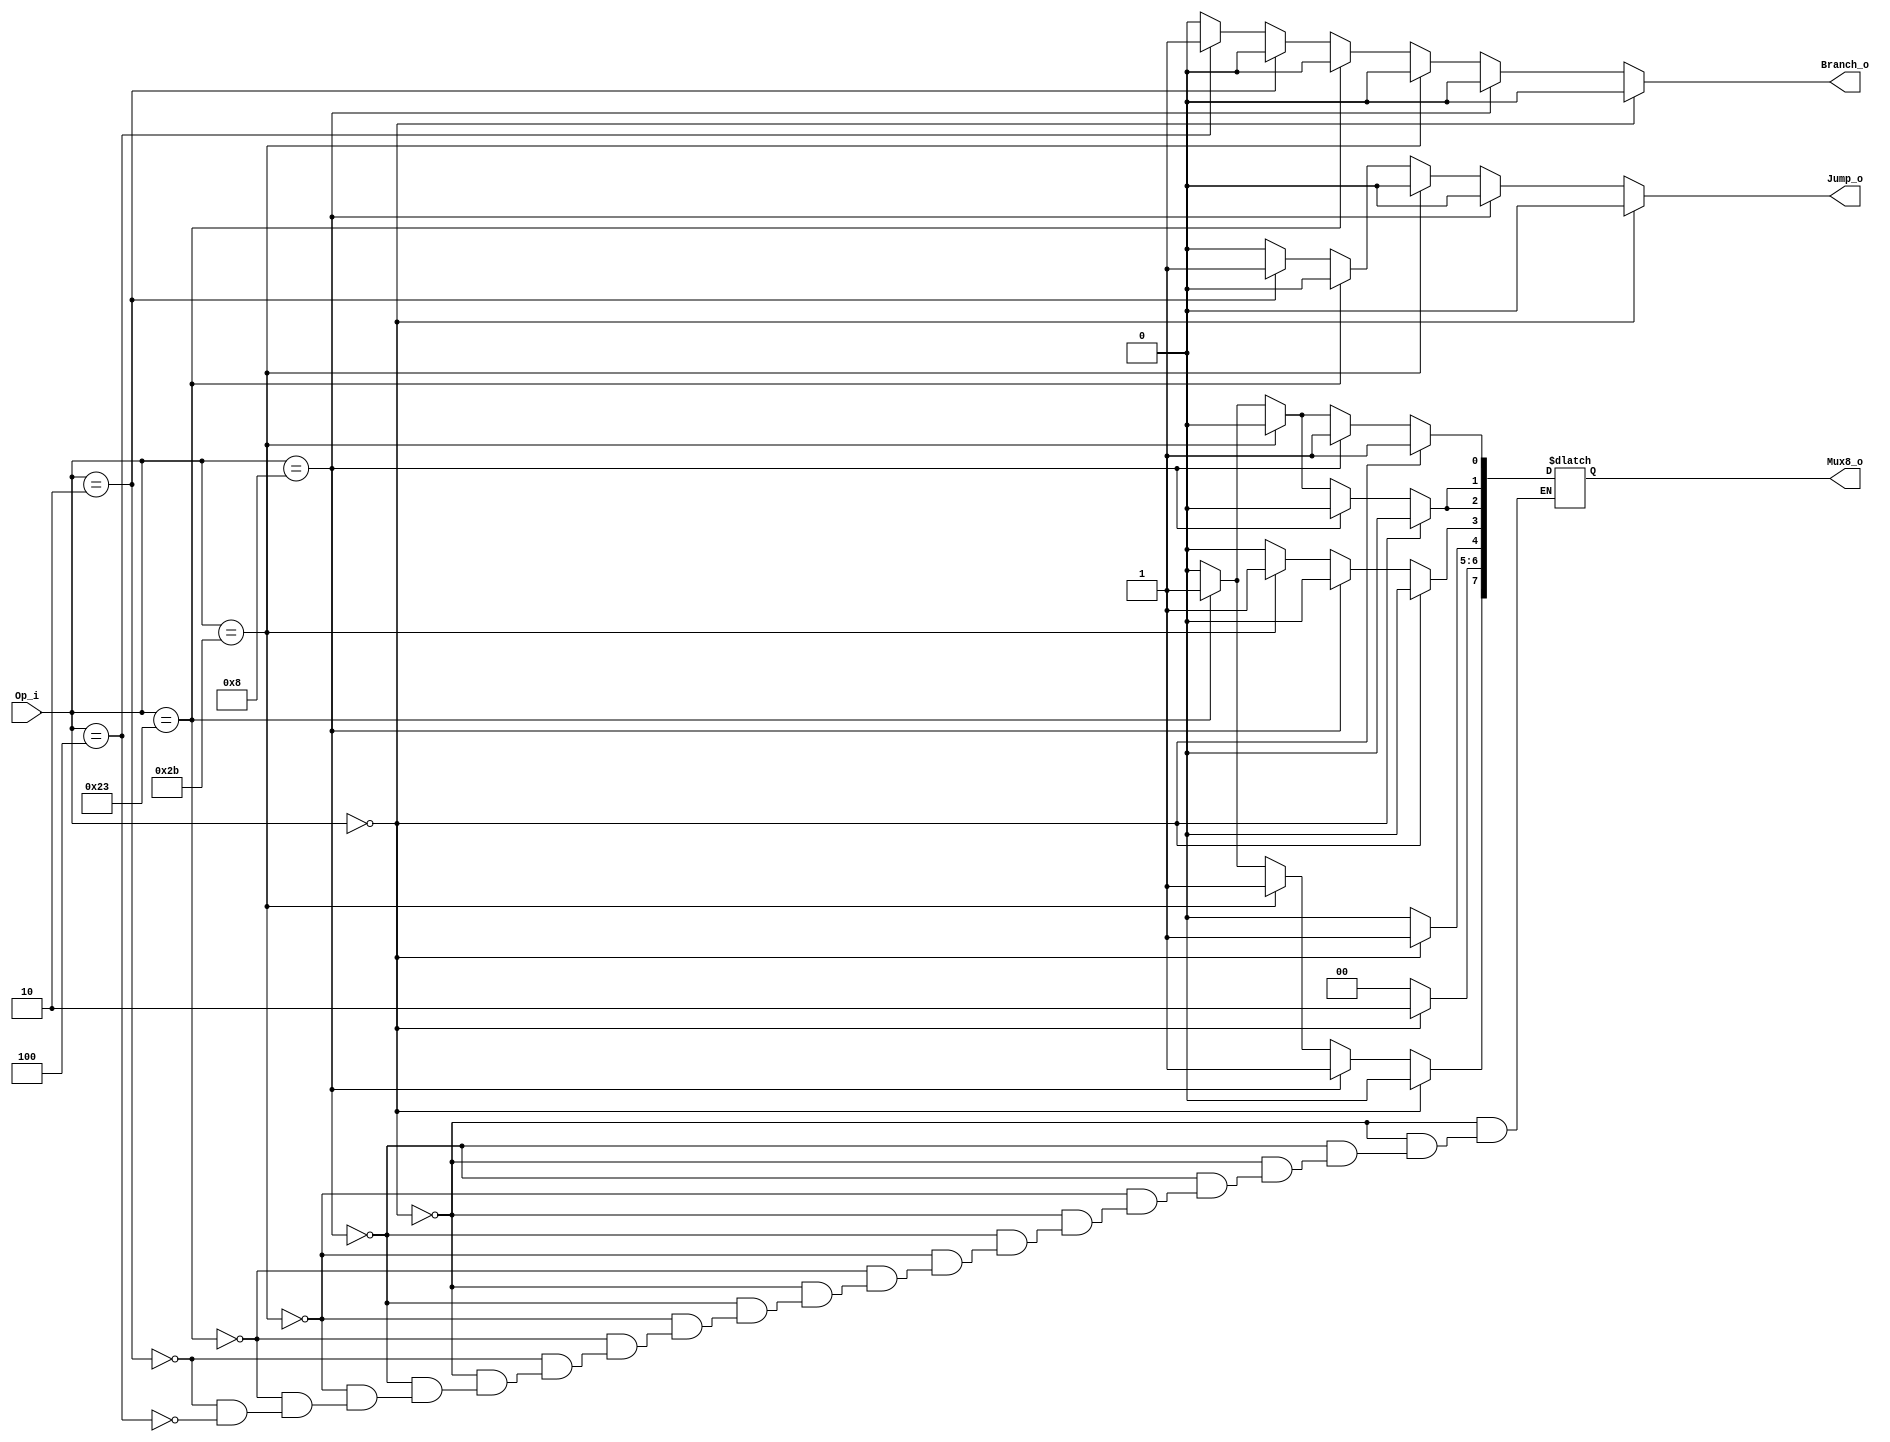
module Control(
	Op_i,
	Branch_o,
	Jump_o,
	Mux8_o
);

input		[5:0]    Op_i;
output reg	         Branch_o,Jump_o;
output reg 	[7:0]    Mux8_o;

//WB
// Mux8_o[0] is RegWrite
// Mux8_o[1] is MemtoReg
//M
// Mux8_o[2] is MemRead
// Mux8_o[3] is MemWrite
//EX
// Mux8_o[4] is ALUSrc
// Mux8_o[5][6] is ALUOp 2 bit
// Mux8_o[7] is RegDst

always@(*) begin
	Branch_o = 0;
	Jump_o = 0;
	//r-type
	if(Op_i == 6'b000000) begin
		Mux8_o[0] = 1;
		Mux8_o[1] = 0;
		Mux8_o[2] = 0;
		Mux8_o[3] = 0;
		Mux8_o[4] = 1;
		Mux8_o[6:5] = 2'b10;
		Mux8_o[7] = 0;
	end
	// addi
	else if(Op_i == 6'b001000) begin
		Mux8_o[0] = 1;
		Mux8_o[1] = 0;
		Mux8_o[2] = 0;
		Mux8_o[3] = 0;
		Mux8_o[4] = 0;
		Mux8_o[6:5] = 2'b00;
		Mux8_o[7] = 1;
	end
	// sw
	else if(Op_i == 6'b101011) begin 
		Mux8_o[0] = 0;
		Mux8_o[1] = 0;
		Mux8_o[2] = 0;
		Mux8_o[3] = 1;
		Mux8_o[4] = 0;
		Mux8_o[6:5] = 2'b00;
		Mux8_o[7] = 1; 
	end
	// lw
	else if(Op_i == 6'b100011) begin 
		Mux8_o[0] = 1;
		Mux8_o[1] = 1;
		Mux8_o[2] = 1;
		Mux8_o[3] = 0;
		Mux8_o[4] = 0;
		Mux8_o[6:5] = 2'b00;
		Mux8_o[7] = 1; 
	end
	// jump
	else if(Op_i == 6'b000010) begin 
		Jump_o = 1;
		Mux8_o[0] = 0;
		Mux8_o[1] = 0;
		Mux8_o[2] = 0;
		Mux8_o[3] = 0;
		Mux8_o[4] = 0;
		Mux8_o[6:5] = 2'b00;
		Mux8_o[7] = 0; 
	end
	// beq
	else if(Op_i == 6'b000100) begin 
		Branch_o = 1;
		Mux8_o[0] = 0;
		Mux8_o[1] = 0;
		Mux8_o[2] = 0;
		Mux8_o[3] = 0;
		Mux8_o[4] = 0;
		Mux8_o[6:5] = 2'b00;
		Mux8_o[7] = 0; 
	end
end

endmodule